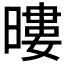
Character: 𭧖